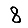
Digit: 8